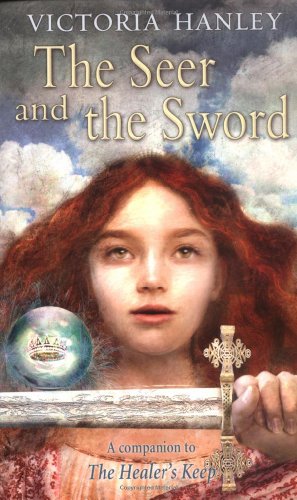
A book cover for The Seer and the Sword; Victoria Hanley; Teen & Young Adult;